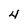
Character: 4